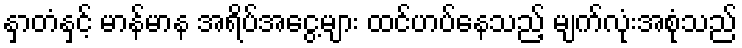
နှာတံနှင့် မာန်မာန အရိပ်အငွေ့များ ထင်ဟပ်နေသည့် မျက်လုံးအစုံသည်